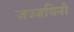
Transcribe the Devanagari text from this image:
जज्जयिनी